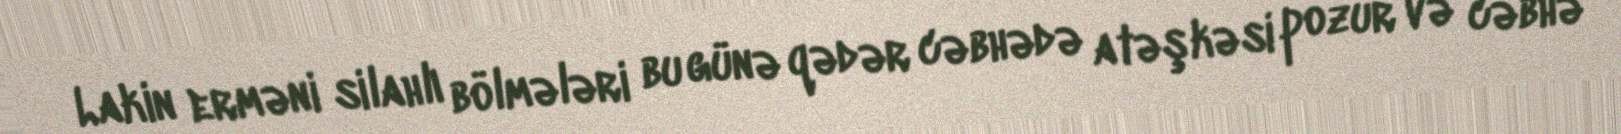
Lakin erməni silahlı bölmələri bu günə qədər cəbhədə atəşkəsi pozur və cəbhə